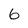
Character: 6